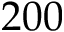
2 0 0